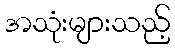
အသုံးများသည့်